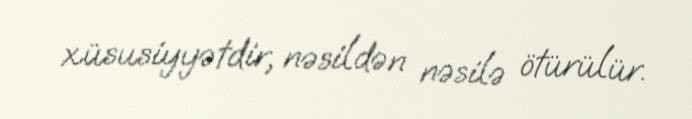
xüsusiyyətdir, nəsildən nəsilə ötürülür.